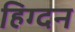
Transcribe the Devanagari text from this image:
हिग्दन